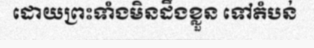
ដោយព្រះទាំងមិនដឹងខ្លួន ទៅតំបន់